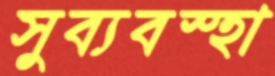
সুব্যবস্হা